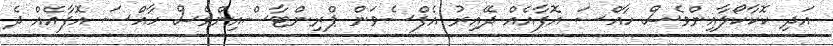
އަދި ކޮކާކޯލާއިންވެސް ހާއްސަ އޮފާއެއް ދޭއިރު އެފްސެވަން ޕްރިންޓާސްއިންވެސް ހާއްސަ އޮފާއެއް ދެ